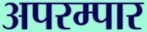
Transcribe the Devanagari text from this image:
अपरम्पार